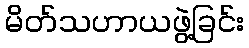
မိတ်သဟာယဖွဲ့ခြင်း